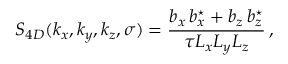
S _ { 4 D } ( k _ { x } , k _ { y } , k _ { z } , \sigma ) = \frac { b _ { x } \, b _ { x } ^ { \star } + b _ { z } \, b _ { z } ^ { \star } } { \tau L _ { x } L _ { y } L _ { z } } \, ,